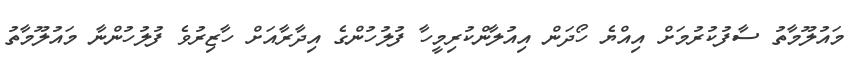
މައުލޫމާތު ސާފުކުރުމަށް އިއްޔެ ހޯދަން އިއުލާންކުރިމީހާ ފުލުހުންގެ އިދާރާއަށް ހާޒިރުވެ ފުލުހުންނާ މައުލޫމާތު